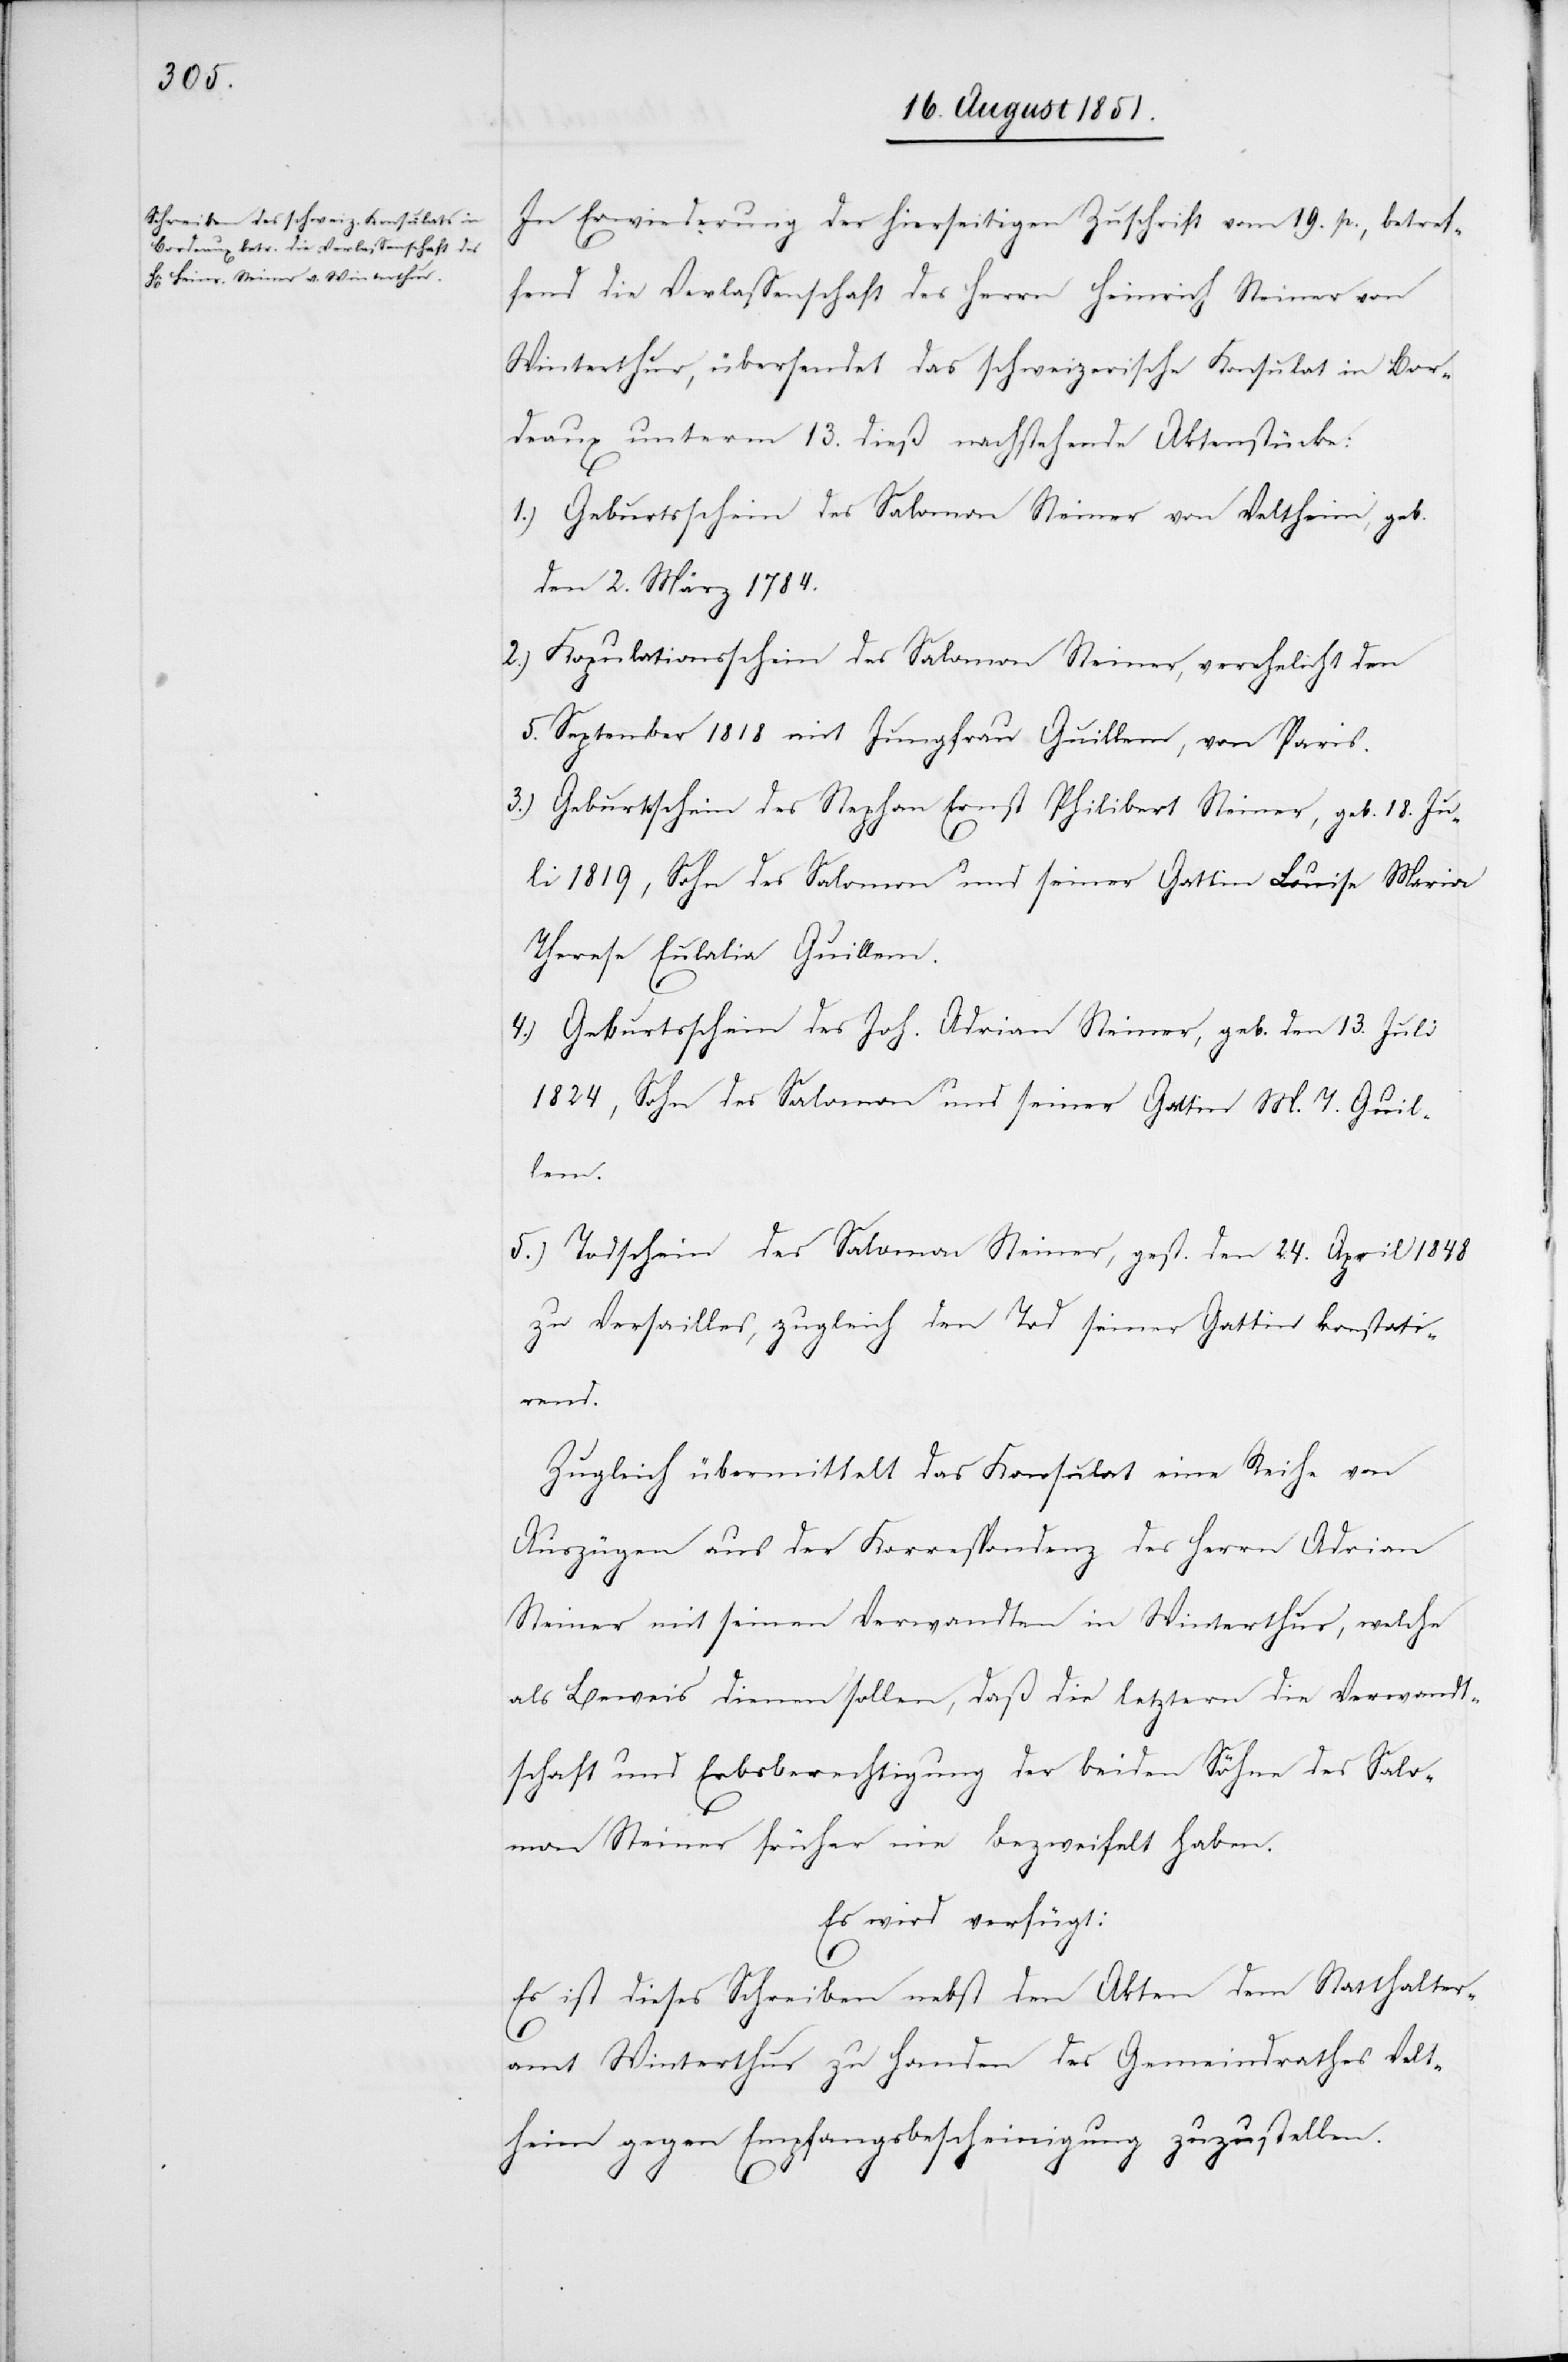
In Erwiederung der hierseitigen Zuschrift vom 19. p., betref¬
fend die Verlassenschaft des Herrn Heinrich Steiner von
Winterthur, übersendet das schweizerische Konsulat in Bor¬
deaux unterm 13. dieß nachstehende Aktenstücke:
Geburtsschein des Salomon Steiner von Veltheim, geb.
den 2. März 1784.
Kopulationsschein des Salomon Steiner, verehelicht den
5. September 1818 mit Jungfrau Guillem, von Paris.
Geburtsschein des Stephan Ernst Philibert Steiner, geb. 18. Ju¬
li 1819, Sohn des Salomon und seiner Gattin Louise Maria
Therese Eulalia Guillem.
Geburtsschein des Joh. Adrian Steiner, geb. den 13. Juli
1824, Sohn des Salomon und seiner Gattin M. T. Guil¬
lem.
Todschein des Salomon Steiner, gest. den 24. April 1848
zu Versailles, zugleich den Tod seiner Gattin konstati¬
rend.
Zugleich übermittelt das Konsulat eine Reihe von
Auszügen aus der Korrespondenz des Herrn Adrian
Steiner mit seinen Verwandten in Winterthur, welche
als Beweis dienen sollen, daß die letztern die Verwandt¬
schaft und Erbsberechtigung der beiden Söhne des Salo¬
mon Steiner früher nie bezweifelt haben.
Es wird verfügt:
Es ist dieses Schreiben nebst den Akten dem Statthalter¬
amt Winterthur zu Handen des Gemeindrathes Velt¬
heim gegen Empfangsbescheinigung zuzustellen.